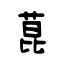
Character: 菎